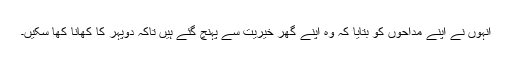
انہوں نے اپنے مداحوں کو بتایا کہ وہ اپنے گھر خیریت سے پہنچ گئے ہیں تاکہ دوپہر کا کھانا کھا سکیں۔